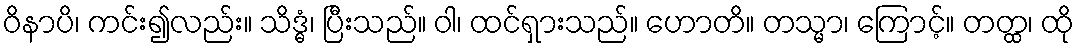
ဝိနာပိ၊ ကင်း၍လည်း။ သိဒ္ဓံ၊ ပြီးသည်။ ဝါ၊ ထင်ရှားသည်။ ဟောတိ။ တသ္မာ၊ ကြောင့်။ တတ္ထ၊ ထို